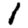
Digit: 1